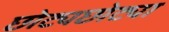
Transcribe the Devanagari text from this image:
छोट्यछोट्या